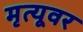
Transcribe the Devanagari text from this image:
मृत्‍यूवर